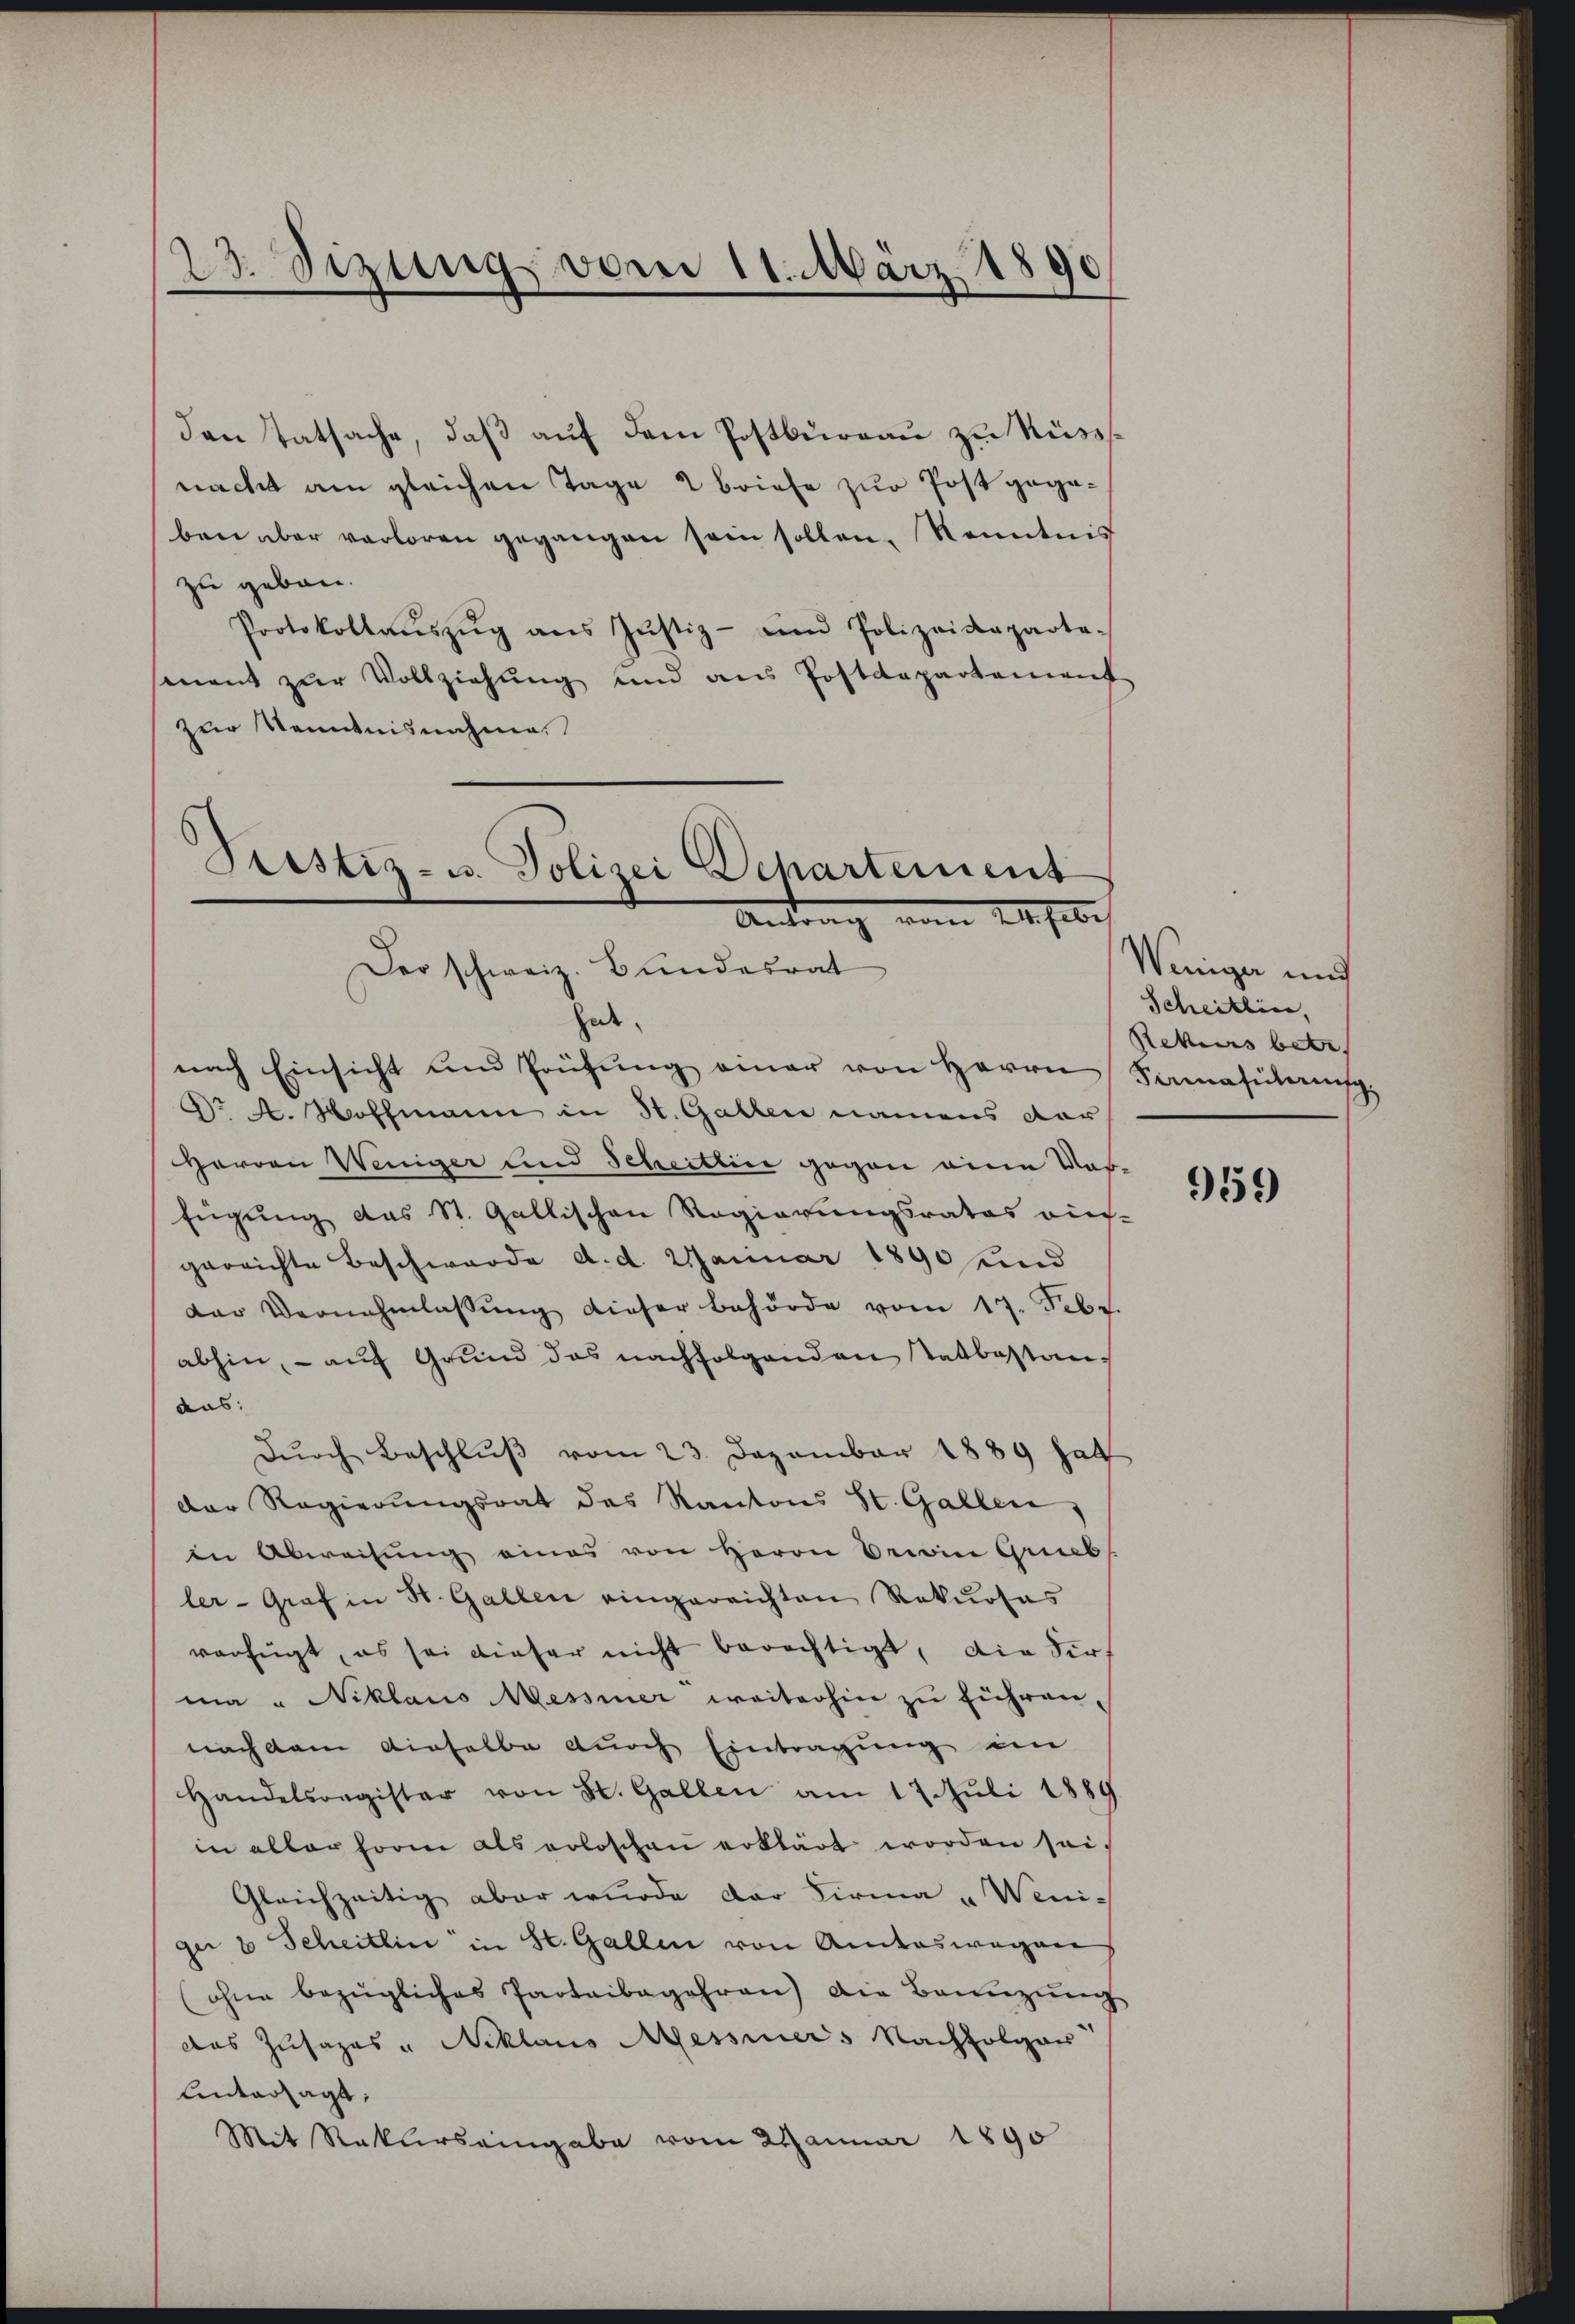
23. Sizung vom 11. März 1890

den Tatsache, daß auf dem Postbüreau zu Rüsssnacht am gleichen Tage 2 briefe zur Post gegeben aber verloren gegangen sein sollen, Kenntnis
zu geben.
Protokollaŭszŭg ans Justiz- und Polizeideparte-
sment zur Vollziehung und ans Postdepartement
zur Kenntnisnahme.

Fristiz- u. Polizei Departement
Antrag vom 24ste
Der schweiz. Bundesrat

hab.
nach Einsicht und Prüfŭng einer von Herrn Famastern
Dr A. Hoffmann in St. Gallen namens dar
Herren Weniger und Scheitlice gegen eine Ver-
fügung das St. Gallischen Regierungsrates ries-
gerrichte Beschwerde d. d. Januar 1890 und
der Vernehmlassŭng dieser Behörde vom 17. Febr.
abhin, - auf Grund das nachfolgenden Tatbestanaus:
dŭrch Beschluß vom 23. Dezember 1889 hat
der Regierungsrat des Kantons St. Gallen,
in Abweisŭng eines von Herrn Berein Grieb
ler-Graf in St. Gallen eingereichten Rekurses
verfügt, es sei dieser nicht berechtigt, die Sirt
ma " Niklaus Messiner weiterhin zu führen.
nach dem dieselbe durch Eintragung ein
Handelsregister von St. Gallen am 17. Juli 1889
in aller forme als erloschen erklärt worden sei.
Gleichzeitig aber wurde der Firma „Weniger 8 Scheitlin in St. Gallen von Amteswegen
(ohne bezügliches Parteibegehren) die Bannzung
das Zusages " Miklaus Messiners Nachfolger
Untersagt:
Mit Raklerseingabe vom 2 Januar 1890

Weniger und
Scheitlin,
Rekurs betr.

959)